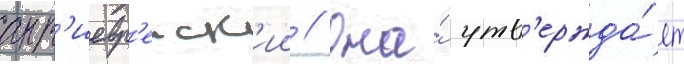
ант'иевр'еиск'ии // Она́ утв'ержда́ет